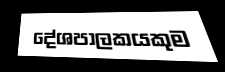
දේශපාලකයකුම